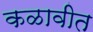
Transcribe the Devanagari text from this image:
कळावीत